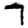
Digit: 7